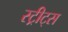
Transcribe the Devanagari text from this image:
स्ट्रीट्‌स